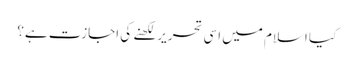
کیا اسلام میں اسی تحریر لکھنے کی اجازت ہے؟